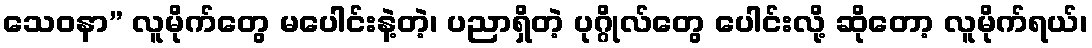
သေဝနာ” လူမိုက်တွေ မပေါင်းနဲ့တဲ့၊ ပညာရှိတဲ့ ပုဂ္ဂိုလ်တွေ ပေါင်းလို့ ဆိုတော့ လူမိုက်ရယ်၊